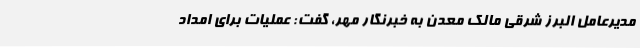
مدیرعامل البرز شرقی مالک معدن به خبرنگار مهر، گفت: عملیات برای امداد